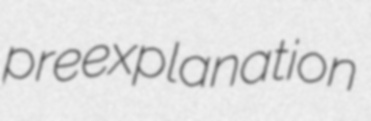
preexplanation